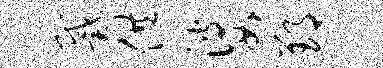
戴供婆郢